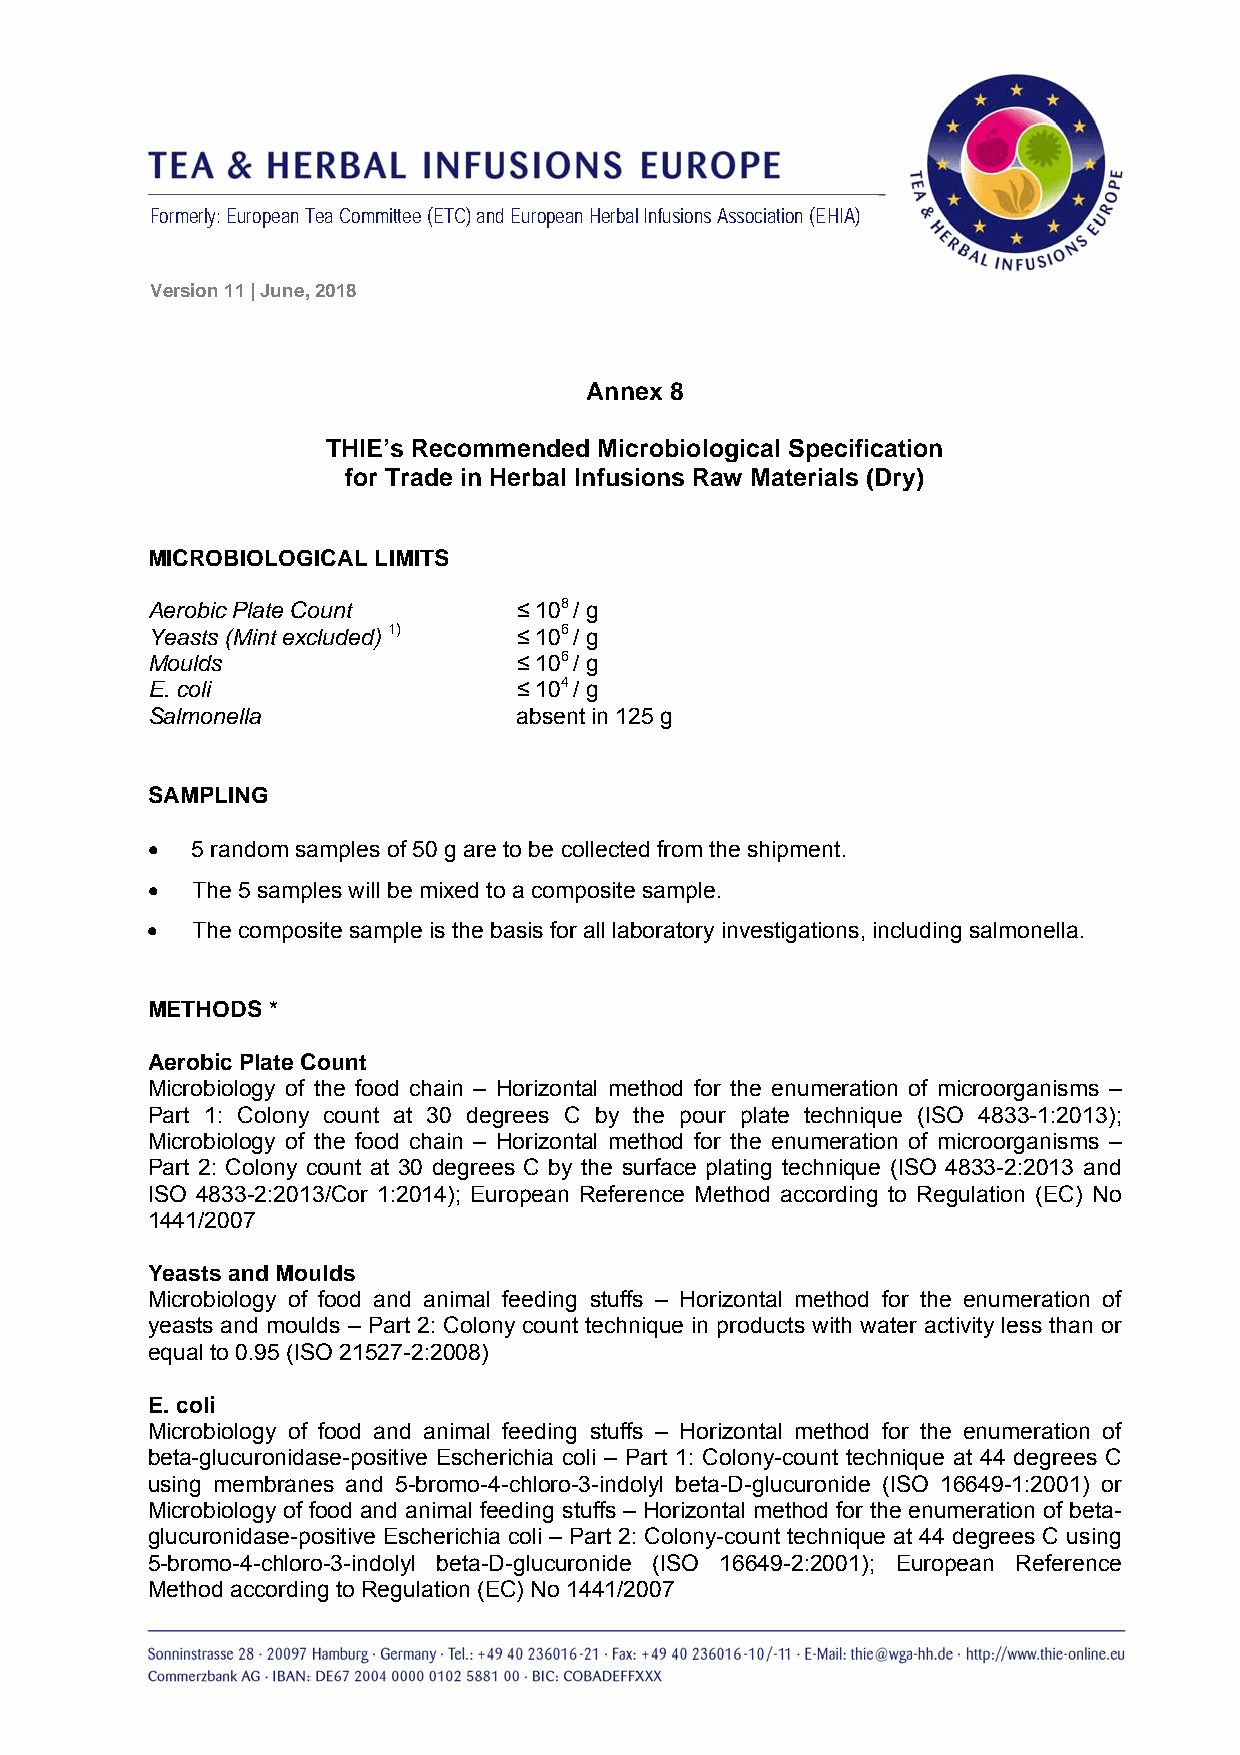
Formerly: European Tea Committee (ETC) and European Herbal Infusions Association (EHIA)
 Version 11 | June, 2018
 Annex 8
 THIE’s Recommended Microbiological Specification
 for Trade in Herbal Infusions Raw Materials (Dry)
 MICROBIOLOGICAL LIMITS
 Aerobic Plate Count     ≤ 108 / g
 Yeasts (Mint excluded) 1) ≤ 106 / g
 Moulds                  ≤ 106 / g
 E. coli                 ≤ 104 / g
 Salmonella              absent in 125 g
 SAMPLING
   5 random samples of 50 g are to be collected from the shipment.
   The 5 samples will be mixed to a composite sample.
   The composite sample is the basis for all laboratory investigations, including salmonella.
 METHODS *
 Aerobic Plate Count
 Microbiology of the food chain – Horizontal method for the enumeration of microorganisms –
 Part 1: Colony count at 30 degrees C by the pour plate technique (ISO 4833-1:2013);
 Microbiology of the food chain – Horizontal method for the enumeration of microorganisms –
 Part 2: Colony count at 30 degrees C by the surface plating technique (ISO 4833-2:2013 and
 ISO 4833-2:2013/Cor 1:2014); European Reference Method according to Regulation (EC) No
 1441/2007
 Yeasts and Moulds
 Microbiology of food and animal feeding stuffs – Horizontal method for the enumeration of
 yeasts and moulds – Part 2: Colony count technique in products with water activity less than or
 equal to 0.95 (ISO 21527-2:2008)
 E. coli
 Microbiology of food and animal feeding stuffs – Horizontal method for the enumeration of
 beta-glucuronidase-positive Escherichia coli – Part 1: Colony-count technique at 44 degrees C
 using membranes and 5-bromo-4-chloro-3-indolyl beta-D-glucuronide (ISO 16649-1:2001) or
 Microbiology of food and animal feeding stuffs – Horizontal method for the enumeration of beta-
 glucuronidase-positive Escherichia coli – Part 2: Colony-count technique at 44 degrees C using
 5-bromo-4-chloro-3-indolyl beta-D-glucuronide (ISO 16649-2:2001); European Reference
 Method according to Regulation (EC) No 1441/2007